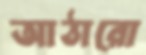
আঠারো